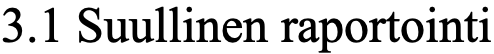
3.1 Suullinen raportointi